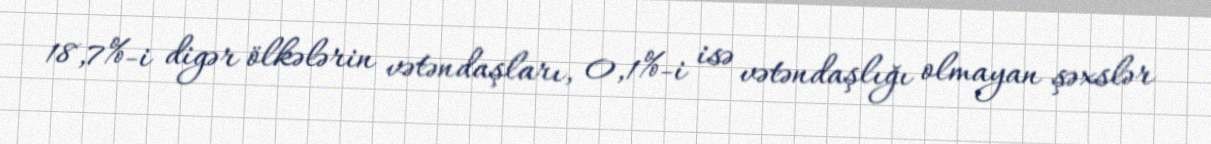
18,7%-i digər ölkələrin vətəndaşları, 0,1%-i isə vətəndaşlığı olmayan şəxslər